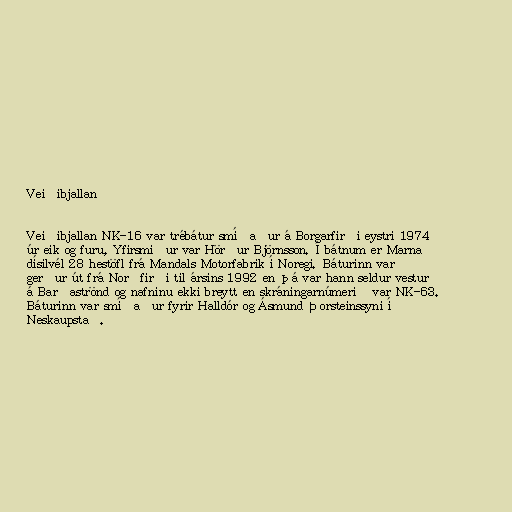
Veiðibjallan

Veiðibjallan NK-16 var trébátur smíðaður á Borgarfirði eystri 1974
úr eik og furu, Yfirsmiður var Hörður Björnsson. Í bátnum er Marna
dísilvél 28 hestöfl frá Mandals Motorfabrik í Noregi. Báturinn var
gerður út frá Norðfirði til ársins 1992 en þá var hann seldur vestur
á Barðaströnd og nafninu ekki breytt en skráningarnúmerið var NK-63.
Báturinn var smíðaður fyrir Halldór og Ásmund Þorsteinssyni í
Neskaupstað.